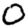
Digit: 0